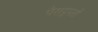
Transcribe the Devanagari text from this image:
पैराट्रूपरों